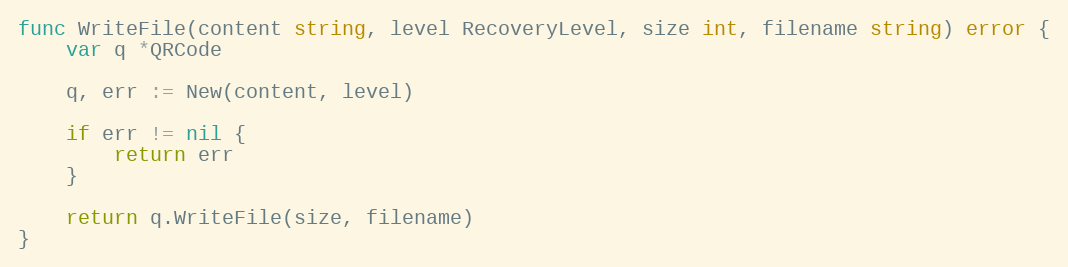
Language: Go
func WriteFile(content string, level RecoveryLevel, size int, filename string) error {
	var q *QRCode

	q, err := New(content, level)

	if err != nil {
		return err
	}

	return q.WriteFile(size, filename)
}